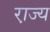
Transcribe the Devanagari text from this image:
रा़ज्य